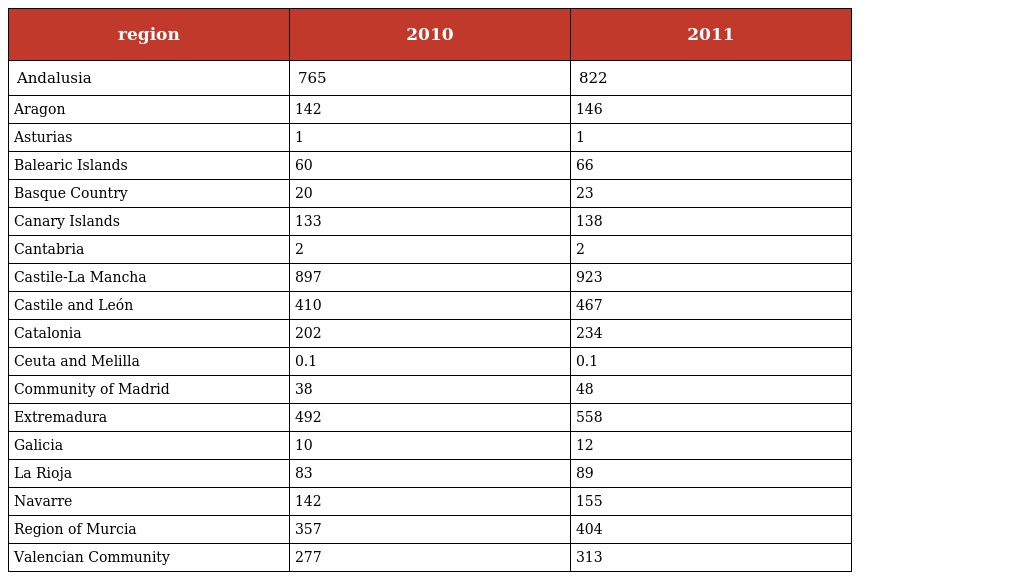
| region | 2010 | 2011 |
 | --- | --- | --- |
 | Andalusia | 765 | 822 |
 | Aragon | 142 | 146 |
 | Asturias | 1 | 1 |
 | Balearic Islands | 60 | 66 |
 | Basque Country | 20 | 23 |
 | Canary Islands | 133 | 138 |
 | Cantabria | 2 | 2 |
 | Castile-La Mancha | 897 | 923 |
 | Castile and León | 410 | 467 |
 | Catalonia | 202 | 234 |
 | Ceuta and Melilla | 0.1 | 0.1 |
 | Community of Madrid | 38 | 48 |
 | Extremadura | 492 | 558 |
 | Galicia | 10 | 12 |
 | La Rioja | 83 | 89 |
 | Navarre | 142 | 155 |
 | Region of Murcia | 357 | 404 |
 | Valencian Community | 277 | 313 |